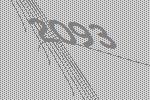
2093